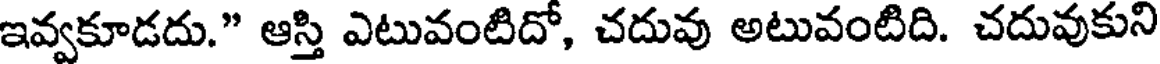
ఇవ్వకూడదు." ఆస్తి ఎటువంటిదో, చదువు అటువంటిది. చదువుకుని